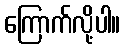
ကြောက်လို့ပါ။